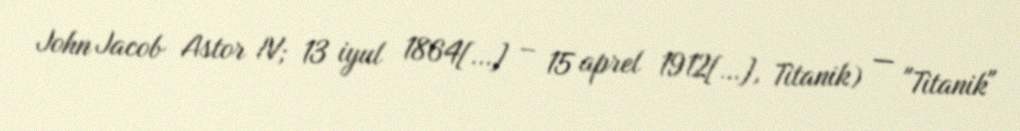
John Jacob Astor IV; 13 iyul 1864[…] – 15 aprel 1912[…], Titanik) — "Titanik"